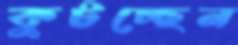
কুটচ্ছেন